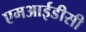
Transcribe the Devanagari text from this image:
एमआईडीसी